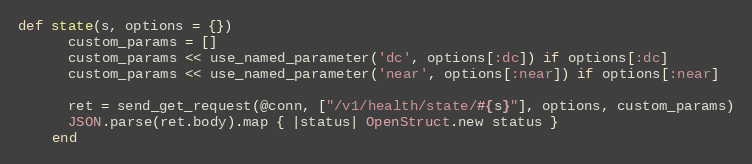
Language: Ruby
def state(s, options = {})
      custom_params = []
      custom_params << use_named_parameter('dc', options[:dc]) if options[:dc]
      custom_params << use_named_parameter('near', options[:near]) if options[:near]

      ret = send_get_request(@conn, ["/v1/health/state/#{s}"], options, custom_params)
      JSON.parse(ret.body).map { |status| OpenStruct.new status }
    end